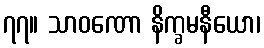
၇၇။ သာဝဏော နိက္ခမနီယော၊